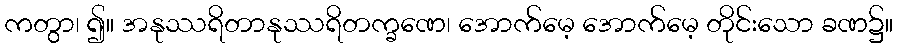
ကတွာ၊ ၍။ အနုဿရိတာနုဿရိတက္ခဏေ၊ အောက်မေ့ အောက်မေ့ တိုင်းသော ခဏ၌။